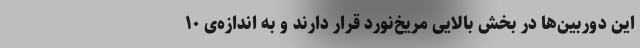
این دوربین‌ها در بخش بالایی مریخ‌نورد قرار دارند و به اندازه‌ی ۱۰